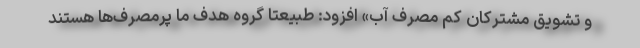
و تشویق مشترکان کم مصرف آب» افزود: طبیعتا گروه هدف ما پرمصرف‌ها هستند